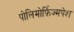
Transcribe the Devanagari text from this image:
पोलिमोर्फ़िज्मपेश